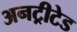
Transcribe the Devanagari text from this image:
अनट्रीटेड